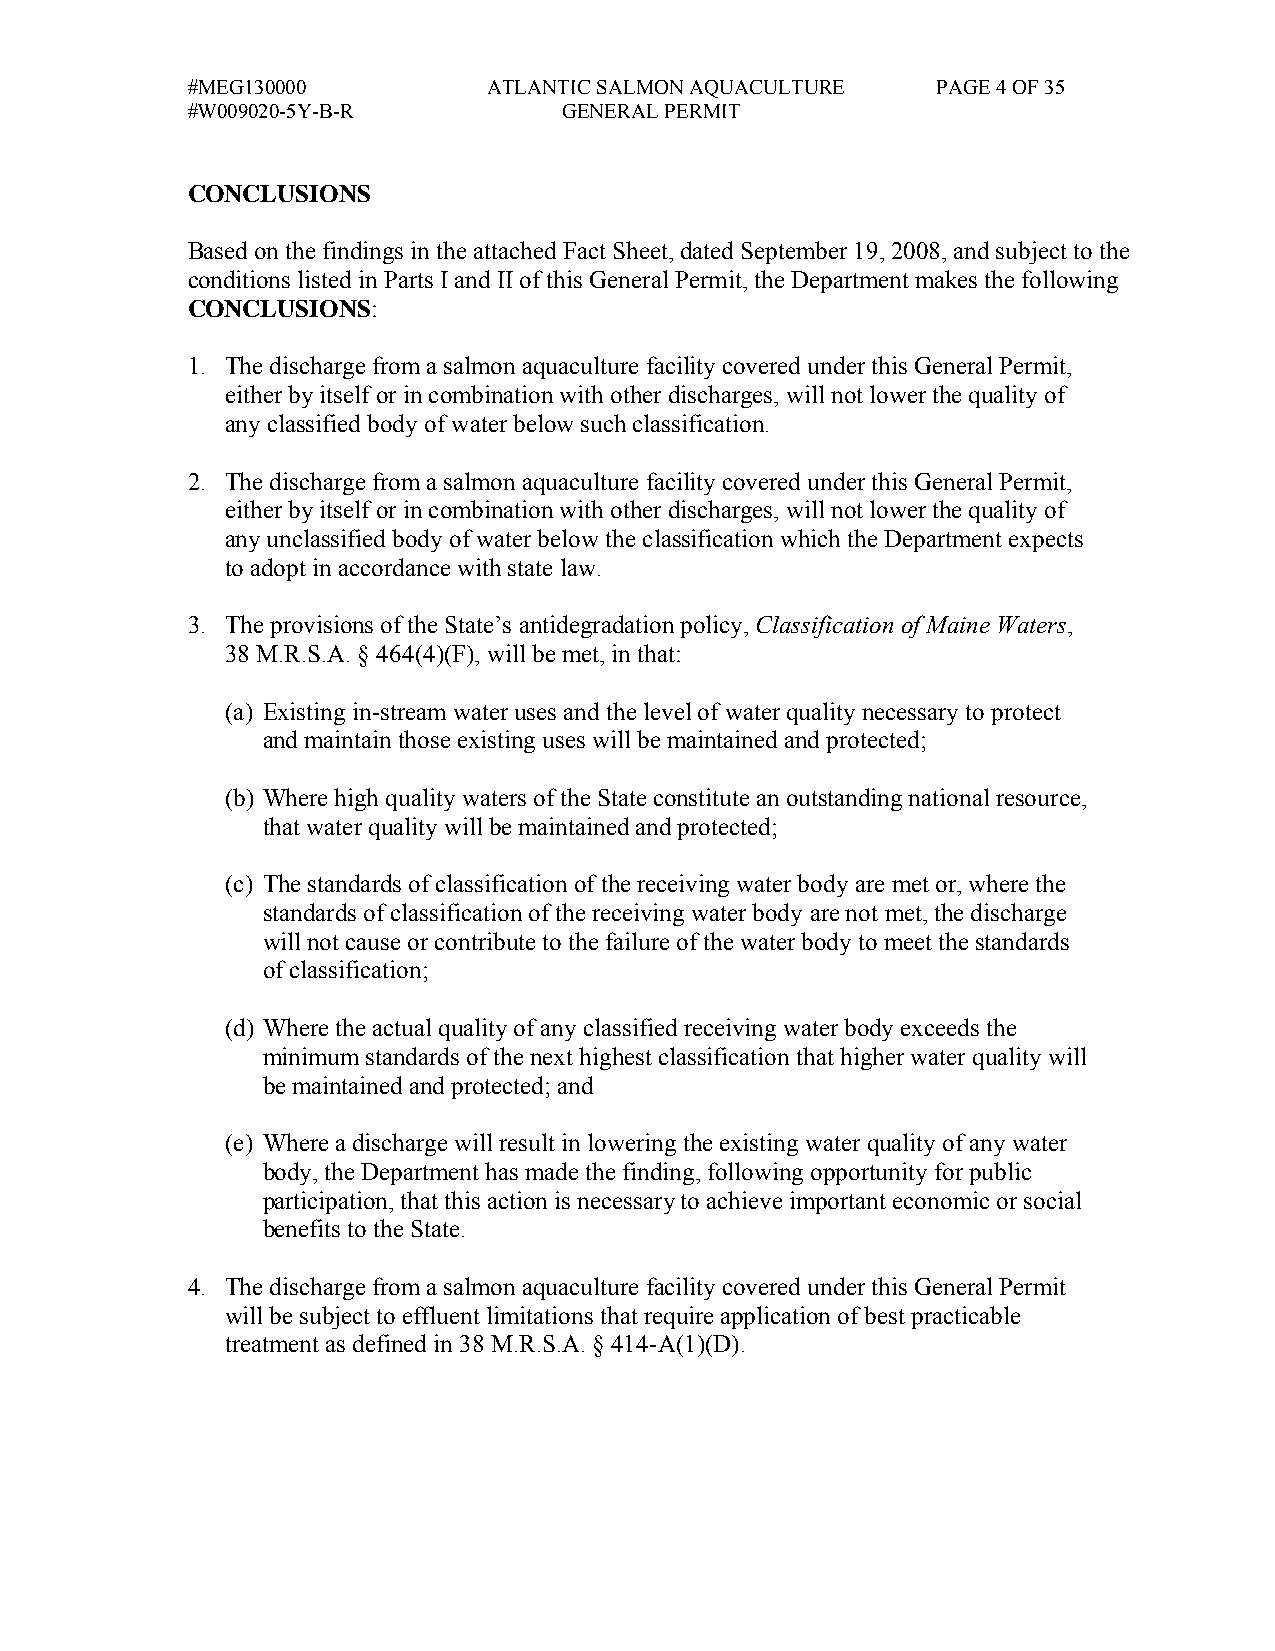
#MEG130000          ATLANTIC SALMON AQUACULTURE   PAGE 4 OF 35
 #W009020-5Y-B-R          GENERAL PERMIT
 CONCLUSIONS
 Based on the findings in the attached Fact Sheet, dated September 19, 2008, and subject to the
 conditions listed in Parts I and II of this General Permit, the Department makes the following
 CONCLUSIONS:
 1. The discharge from a salmon aquaculture facility covered under this General Permit,
 either by itself or in combination with other discharges, will not lower the quality of
 any classified body of water below such classification.
 2. The discharge from a salmon aquaculture facility covered under this General Permit,
 either by itself or in combination with other discharges, will not lower the quality of
 any unclassified body of water below the classification which the Department expects
 to adopt in accordance with state law.
 3. The provisions of the State’s antidegradation policy, Classification of Maine Waters,
 38 M.R.S.A. § 464(4)(F), will be met, in that:
 (a) Existing in-stream water uses and the level of water quality necessary to protect
 and maintain those existing uses will be maintained and protected;
 (b) Where high quality waters of the State constitute an outstanding national resource,
 that water quality will be maintained and protected;
 (c) The standards of classification of the receiving water body are met or, where the
 standards of classification of the receiving water body are not met, the discharge
 will not cause or contribute to the failure of the water body to meet the standards
 of classification;
 (d) Where the actual quality of any classified receiving water body exceeds the
 minimum standards of the next highest classification that higher water quality will
 be maintained and protected; and
 (e) Where a discharge will result in lowering the existing water quality of any water
 body, the Department has made the finding, following opportunity for public
 participation, that this action is necessary to achieve important economic or social
 benefits to the State.
 4. The discharge from a salmon aquaculture facility covered under this General Permit
 will be subject to effluent limitations that require application of best practicable
 treatment as defined in 38 M.R.S.A. § 414-A(1)(D).